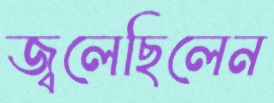
জ্বলেছিলেন